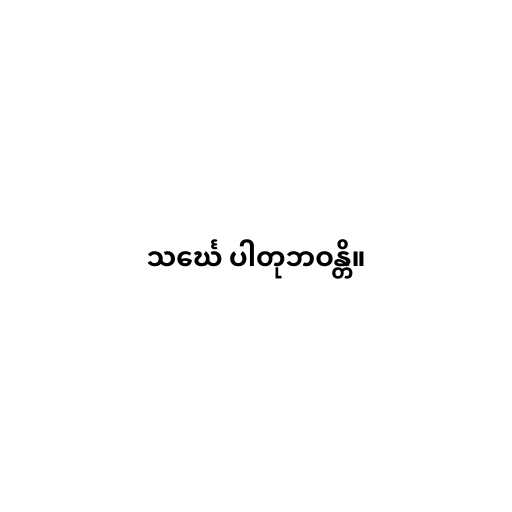
သင်္ဃေ ပါတုဘဝန္တိ။